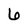
Character: 6